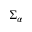
\Sigma _ { \alpha }